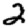
Digit: 2